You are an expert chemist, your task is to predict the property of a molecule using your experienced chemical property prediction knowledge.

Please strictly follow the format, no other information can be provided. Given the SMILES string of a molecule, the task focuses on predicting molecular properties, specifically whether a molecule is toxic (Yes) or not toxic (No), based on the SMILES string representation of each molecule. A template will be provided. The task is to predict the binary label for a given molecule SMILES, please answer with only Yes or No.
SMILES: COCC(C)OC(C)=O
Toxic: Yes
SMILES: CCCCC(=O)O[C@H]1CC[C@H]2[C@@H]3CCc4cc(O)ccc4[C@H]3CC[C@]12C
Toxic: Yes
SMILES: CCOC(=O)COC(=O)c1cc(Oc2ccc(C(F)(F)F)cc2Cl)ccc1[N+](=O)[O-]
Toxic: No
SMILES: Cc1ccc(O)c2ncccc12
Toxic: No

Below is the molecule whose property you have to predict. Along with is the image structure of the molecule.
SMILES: OCCOCCN1CCN(C2=Nc3ccccc3Sc3ccccc32)CC1
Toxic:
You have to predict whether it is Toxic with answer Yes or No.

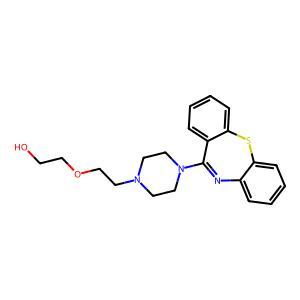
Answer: No